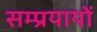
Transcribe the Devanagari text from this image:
सम्प्रयायों